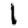
Digit: 1